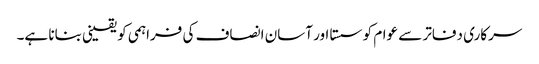
سرکاری دفاتر سے عوام کو سستا اور آسان انصاف کی فراہمی کو یقینی بنانا ہے۔